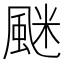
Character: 𩗐